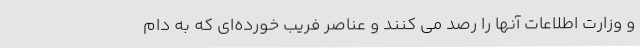
و وزارت اطلاعات آنها را رصد می کنند و عناصر فریب خورده‌ای که به دام‌